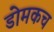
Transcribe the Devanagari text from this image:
डोमकच